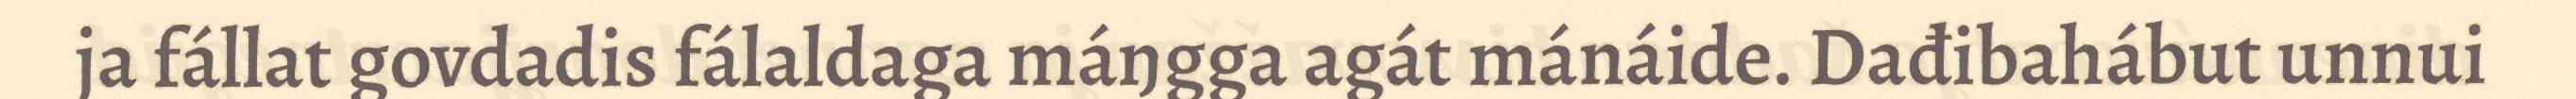
ja fállat govdadis fálaldaga máŋgga agát mánáide. Dađibahábut unnui